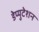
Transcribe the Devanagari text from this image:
डेप्युटेशन